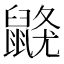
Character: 𪕦